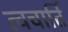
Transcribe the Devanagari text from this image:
त्वचार्ति